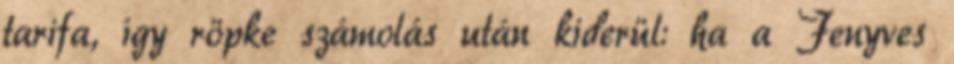
tarifa, így röpke számolás után kiderül: ha a Fenyves